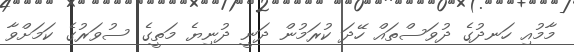
މާމުއި ހަނދުގެ ދުވަސްތައް ހޭދަ ކުރަމުން ދަނީ ދުނިޔެ މަތީގެ ސުވަރުގެ ކަމަށްވާ